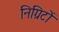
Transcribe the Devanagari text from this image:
निग्रिटों